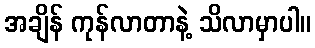
အချိန် ကုန်လာတာနဲ့ သိလာမှာပါ။